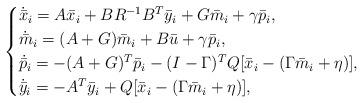
LaTeX: \begin{align*}\begin{cases}\dot{\bar x}_i = A\bar x_i +BR^{-1}B^T\bar y_i +G \bar m_i+\gamma \bar p_i ,\\ \dot{\bar m}_i = (A + G) \bar m_i +B\bar u +\gamma \bar p_i,\\ \dot{ \bar p}_i = -(A+G)^T \bar p_i -(I-\Gamma)^T Q [\bar x_i- (\Gamma \bar m_i+\eta)],\\\dot{\bar y}_i=-A^T {\bar y}_i +Q[\bar x_i-(\Gamma \bar m_i+\eta)] , \end{cases}\end{align*}